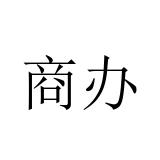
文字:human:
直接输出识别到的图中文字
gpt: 商办